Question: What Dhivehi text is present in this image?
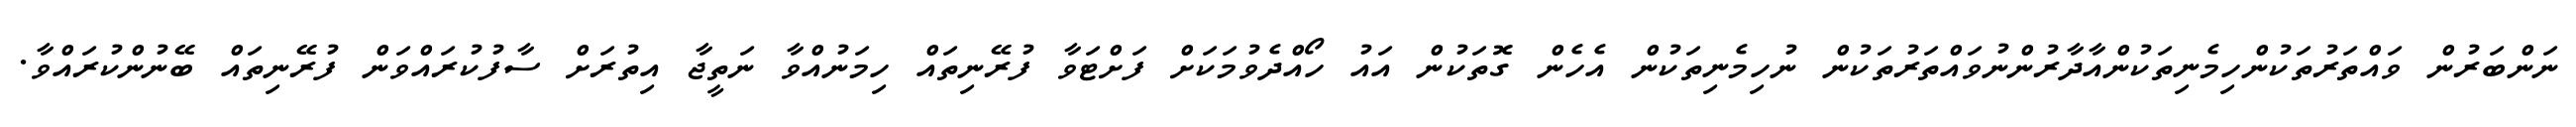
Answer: ނަންބަރުން ވައްތަރުތަކުންހިމެނިތަކުންއާދާރުންނުވައްތަރުތަކުން ނުހިމެނިތަކުން އެހެން ގޮތަކުން އައު ހޯއްދެވުމަކަށް ފަށްޓަވާ ފުރޭނިތައް ހިމަނުއްވާ ނަތީޖާ އިތުރަށް ސާފުކުރައްވަން ފުރޭނިތައް ބޭނުންކުރައްވާ.